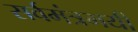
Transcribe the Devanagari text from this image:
सर्वमंत्रमयी